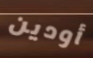
أودين